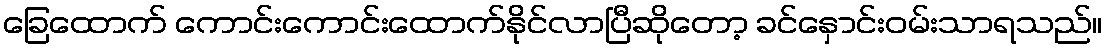
ခြေထောက် ကောင်းကောင်းထောက်နိုင်လာပြီဆိုတော့ ခင်နှောင်းဝမ်းသာရသည်။